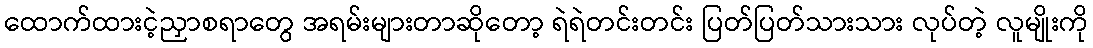
ထောက်ထားငဲ့ညှာစရာတွေ အရမ်းများတာဆိုတော့ ရဲရဲတင်းတင်း ပြတ်ပြတ်သားသား လုပ်တဲ့ လူမျိုးကို